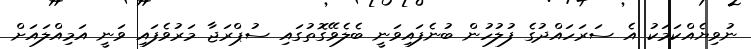
ނުވިޔެއްކަމަކު އެ ސަރަހައްދުގެ ފުލުހުން ބުނެފައިވަނީ ބެލެވޭގޮތުގައި ސުޕްރަޖާ މަރުވެފައި ވަނީ އަމިއްލައަށް